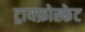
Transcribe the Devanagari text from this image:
ट्रायफ़ोस्फेट